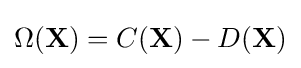
\Omega ({\textbf {X}})=C({\textbf {X}})-D({\textbf {X}})